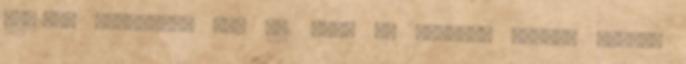
F-52-es gépekről. Még 491 cikk az aktában Nagyon durva,